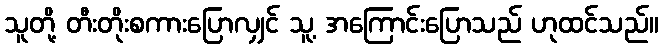
သူတို့ တီးတိုးစကားပြောလျှင် သူ့ အကြောင်းပြောသည် ဟုထင်သည်။